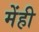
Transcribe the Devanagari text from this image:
मेंही